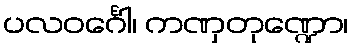
ပလဝင်္ဂေါ၊ ကဏှတုဏ္ဍော၊